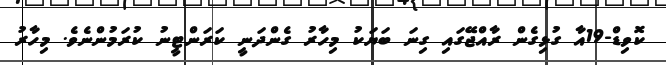
ކޮވިޑް-19އާ ގުޅިގެން ރާއްޖޭގައި ގިނަ ބަޔަކު މިހާރު ގެންދަނީ ކަރަންޓީނު ކުރަމުންނެވެ. މިހާރު